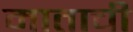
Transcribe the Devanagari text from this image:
माताची